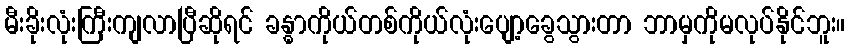
မီးခိုးလုံးကြီးကျလာပြီဆိုရင် ခန္ဓာကိုယ်တစ်ကိုယ်လုံးပျော့ခွေသွားတာ ဘာမှကိုမလုပ်နိုင်ဘူး။